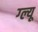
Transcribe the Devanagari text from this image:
ग्ल्यू